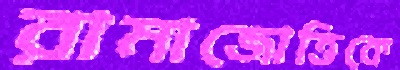
রামাজোত্তিকে